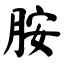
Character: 胺